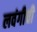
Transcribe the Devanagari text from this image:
लवंगीची